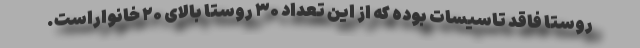
روستا فاقد تاسیسات بوده که از این تعداد ۳۰ روستا بالای ۲۰ خانواراست.